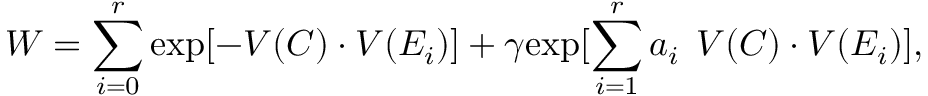
W = \sum _ { i = 0 } ^ { r } \mathrm { e x p } [ - V ( C ) \cdot V ( E _ { i } ) ] + \gamma \mathrm { e x p } [ \sum _ { i = 1 } ^ { r } a _ { i } \: \: V ( C ) \cdot V ( E _ { i } ) ] ,